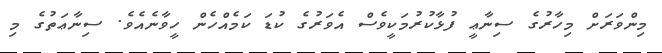
މިންވަރަށް މިހާރުގެ ސިނާޢީ ފުޅާކުރުމަކީވެސް އެވަރުގެ ކުޑަ ކަމެއްހެން ހީވާނެއެވެ. ސިނާޢަތުގެ މި